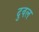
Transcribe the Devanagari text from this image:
दुवल